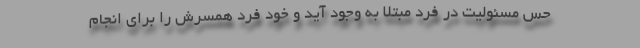
حس مسئولیت در فرد مبتلا به وجود آید و خود فرد همسرش را برای انجام